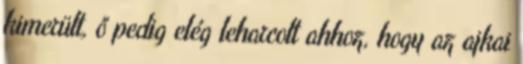
kimerült, ő pedig elég leharcolt ahhoz, hogy az ajkai